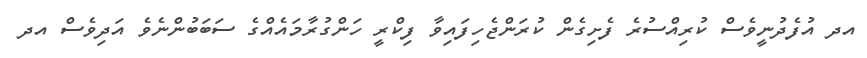
އދ އުފެދުނީވެސް ކުރިއްސުރެ ފެށިގެން ކުރަންޖެހިފައިވާ ފިކްރީ ހަންގުރާމައެއްގެ ސަބަބުންނެވެ އަދިވެސް އދ